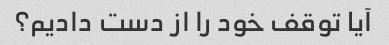
آیا توقف خود را از دست دادیم؟